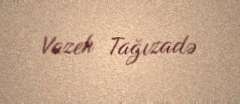
Vazeh Tağızadə